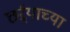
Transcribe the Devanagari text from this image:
छर्ऱ्याच्या